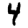
Digit: 4